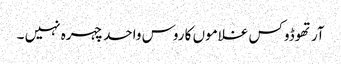
آرتھوڈوکس غلاموں کا روس واحد چہرہ نہیں ۔